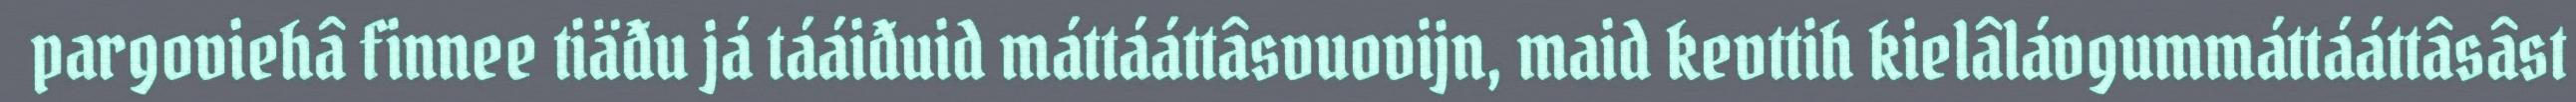
pargoviehâ finnee tiäđu já tááiđuid máttááttâsvuovijn, maid kevttih kielâlávgummáttááttâsâst